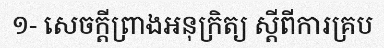
១- សេចក្តីព្រាងអនុក្រិត្យ ស្តីពីការគ្រប